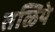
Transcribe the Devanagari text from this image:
तळिये